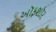
ઑફશૉર